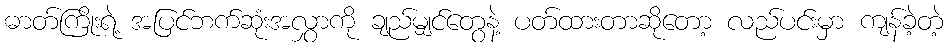
ဓာတ်ကြိုးရဲ့ အပြင်ဘက်ဆုံးအလွှာကို ချည်မျှင်တွေနဲ့ ပတ်ထားတာဆိုတော့ လည်ပင်းမှာ ကျန်ခဲ့တဲ့